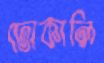
ঢোকালি